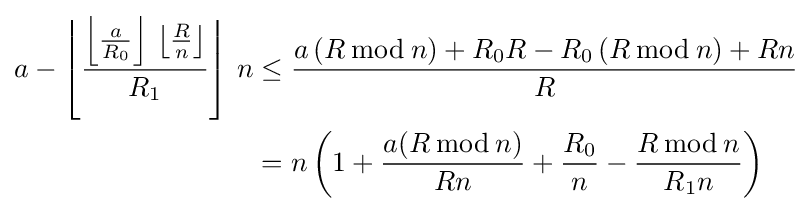
{\begin{aligned}a-\left\lfloor {\frac {\left\lfloor {\frac {a}{R_{0}}}\right\rfloor \,\left\lfloor {\frac {R}{n}}\right\rfloor }{R_{1}}}\right\rfloor \,n&\leq {\frac {a\left(R\,{\bmod {\,}}n\right)+R_{0}R-R_{0}\left(R\,{\bmod {\,}}n\right)+Rn}{R}}\\&=n\left(1+{\frac {a(R\,{\bmod {\,}}n)}{Rn}}+{\frac {R_{0}}{n}}-{\frac {R\,{\bmod {\,}}n}{R_{1}n}}\right)\end{aligned}}